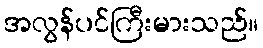
အလွန်ပင်ကြီးမားသည်။